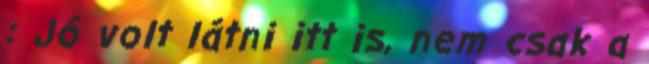
: Jó volt látni itt is, nem csak a